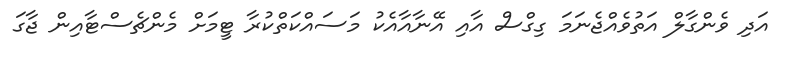
އަދި ވެންގާލް އަތުވެއްޖެނަމަ ގިގްސް އާއި އޭނާއާއެކު މަސައްކަތްކުރާ ޓީމަށް މެންޗެސްޓާއިން ޖާގަ